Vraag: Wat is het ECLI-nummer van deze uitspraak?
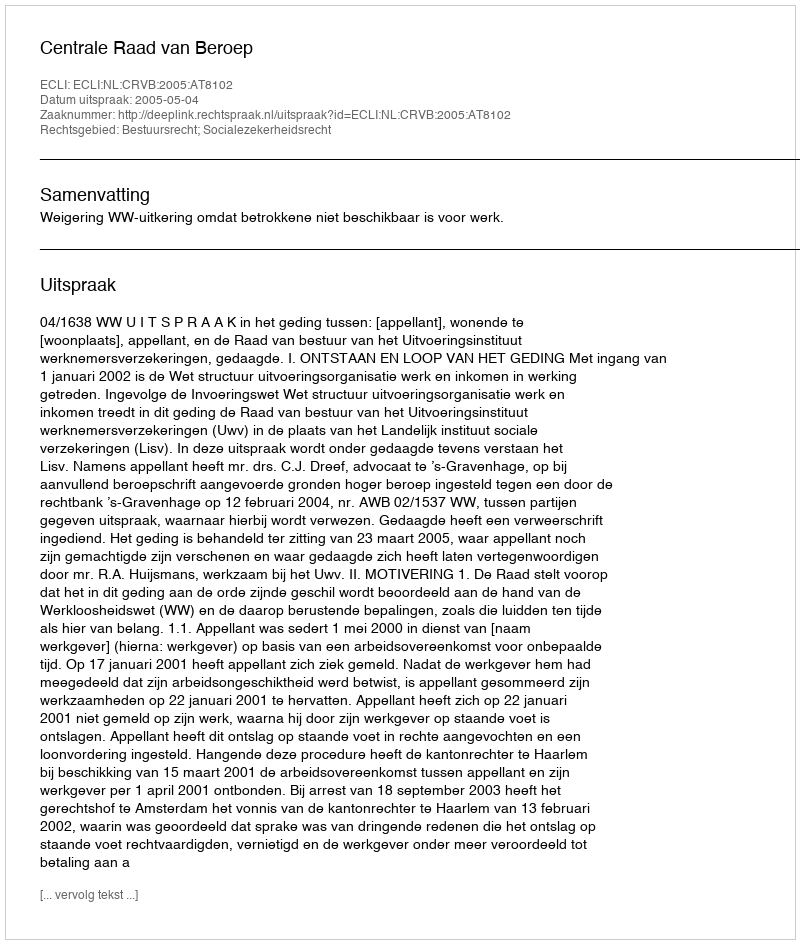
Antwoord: ECLI:NL:CRVB:2005:AT8102